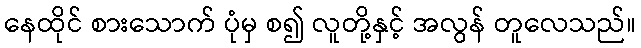
နေထိုင် စားသောက် ပုံမှ စ၍ လူတို့နှင့် အလွန် တူလေသည်။